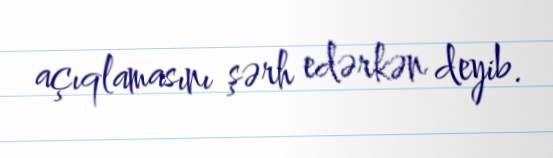
açıqlamasını şərh edərkən deyib.